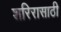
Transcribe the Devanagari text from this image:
शरिरासाठी